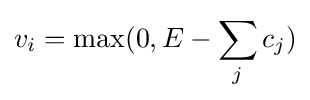
v_{i}=\max(0,E-\sum _{j}c_{j})